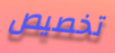
تخصيص